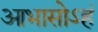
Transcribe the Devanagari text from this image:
आभासोऽहं